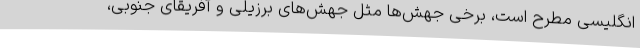
انگلیسی مطرح است، برخی جهش‌ها مثل جهش‌های برزیلی و آفریقای جنوبی،